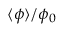
{ \langle \phi \rangle } / \phi _ { 0 }